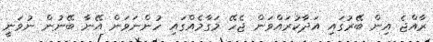
ރާއްޖެ އިން ބޭރުގައި އަދާކުރައްވަން ޖެހޭ މަގާމެއްގައި ހުންނަވަން އޭނާ ބޭނުން ނުވަނީ